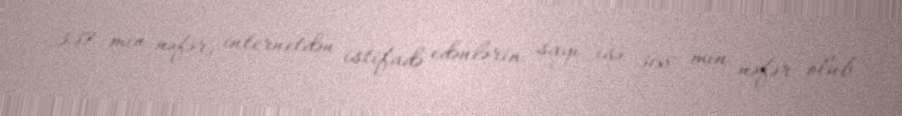
337 min nəfər, internetdən istifadə edənlərin sayı isə 368 min nəfər olub.